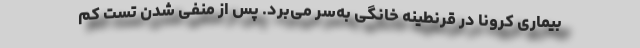
بیماری کرونا در قرنطینه خانگی به‌سر می‌برد. پس از منفی شدن تست کم